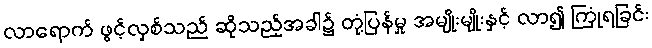
လာရောက် ဖွင့်လှစ်သည် ဆိုသည့်အခါ၌ တုံ့ပြန်မှု အမျိုးမျိုးနှင့် လာ၍ ကြုံရခြင်း